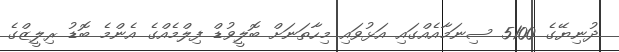
ދުނިޔޭގެ 5100 ސިނަމާއެއްގައި އަޅުވައި މިހާތަނަށް ބޮލީވުޑް ފިލްމެއްގެ އެންމެ ބޮޑު ރިލީޒްގެ